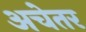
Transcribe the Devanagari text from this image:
अचेतर